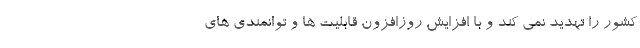
کشور را تهدید نمی کند و با افزایش روزافزون قابلیت ها و توانمندی های